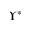
\Upsilon ^ { \ast }